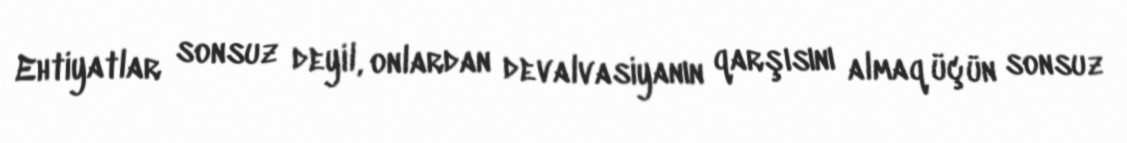
Ehtiyatlar sonsuz deyil, onlardan devalvasiyanın qarşısını almaq üçün sonsuz